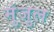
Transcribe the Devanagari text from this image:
मुंजुल